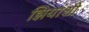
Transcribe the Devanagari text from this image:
झियांशी